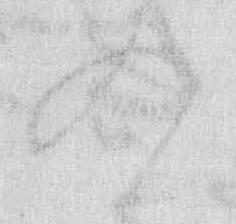
の